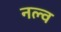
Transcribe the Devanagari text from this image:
नल्व